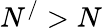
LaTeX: N^{/}>N